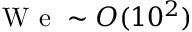
\mathrm { ~ W ~ e ~ } \sim O ( 1 0 ^ { 2 } )